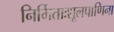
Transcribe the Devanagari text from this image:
निर्मिताःशूलपाणिना